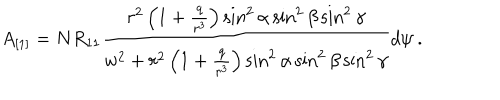
LaTeX: A _ { [ 1 ] } = N R _ { 1 1 } \frac { r ^ { 2 } \left( 1 + \frac { q } { r ^ { 3 } } \right) \sin ^ { 2 } \alpha \sin ^ { 2 } \beta \sin ^ { 2 } \gamma } { w ^ { 2 } + r ^ { 2 } \left( 1 + \frac { q } { r ^ { 3 } } \right) \sin ^ { 2 } \alpha \sin ^ { 2 } \beta \sin ^ { 2 } \gamma } d \psi \ .